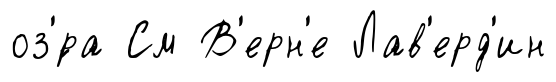
оз'́ра См В'ерн'е Лав'ерд'ин